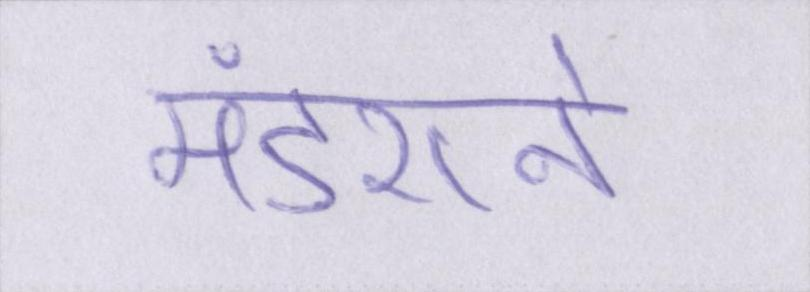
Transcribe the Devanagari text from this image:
मंडराने